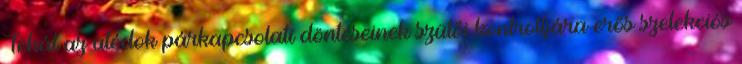
Tehát az utódok párkapcsolati döntéseinek szülői kontrolljára erős szelekciós